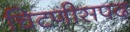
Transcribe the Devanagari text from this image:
चिटणीसपद